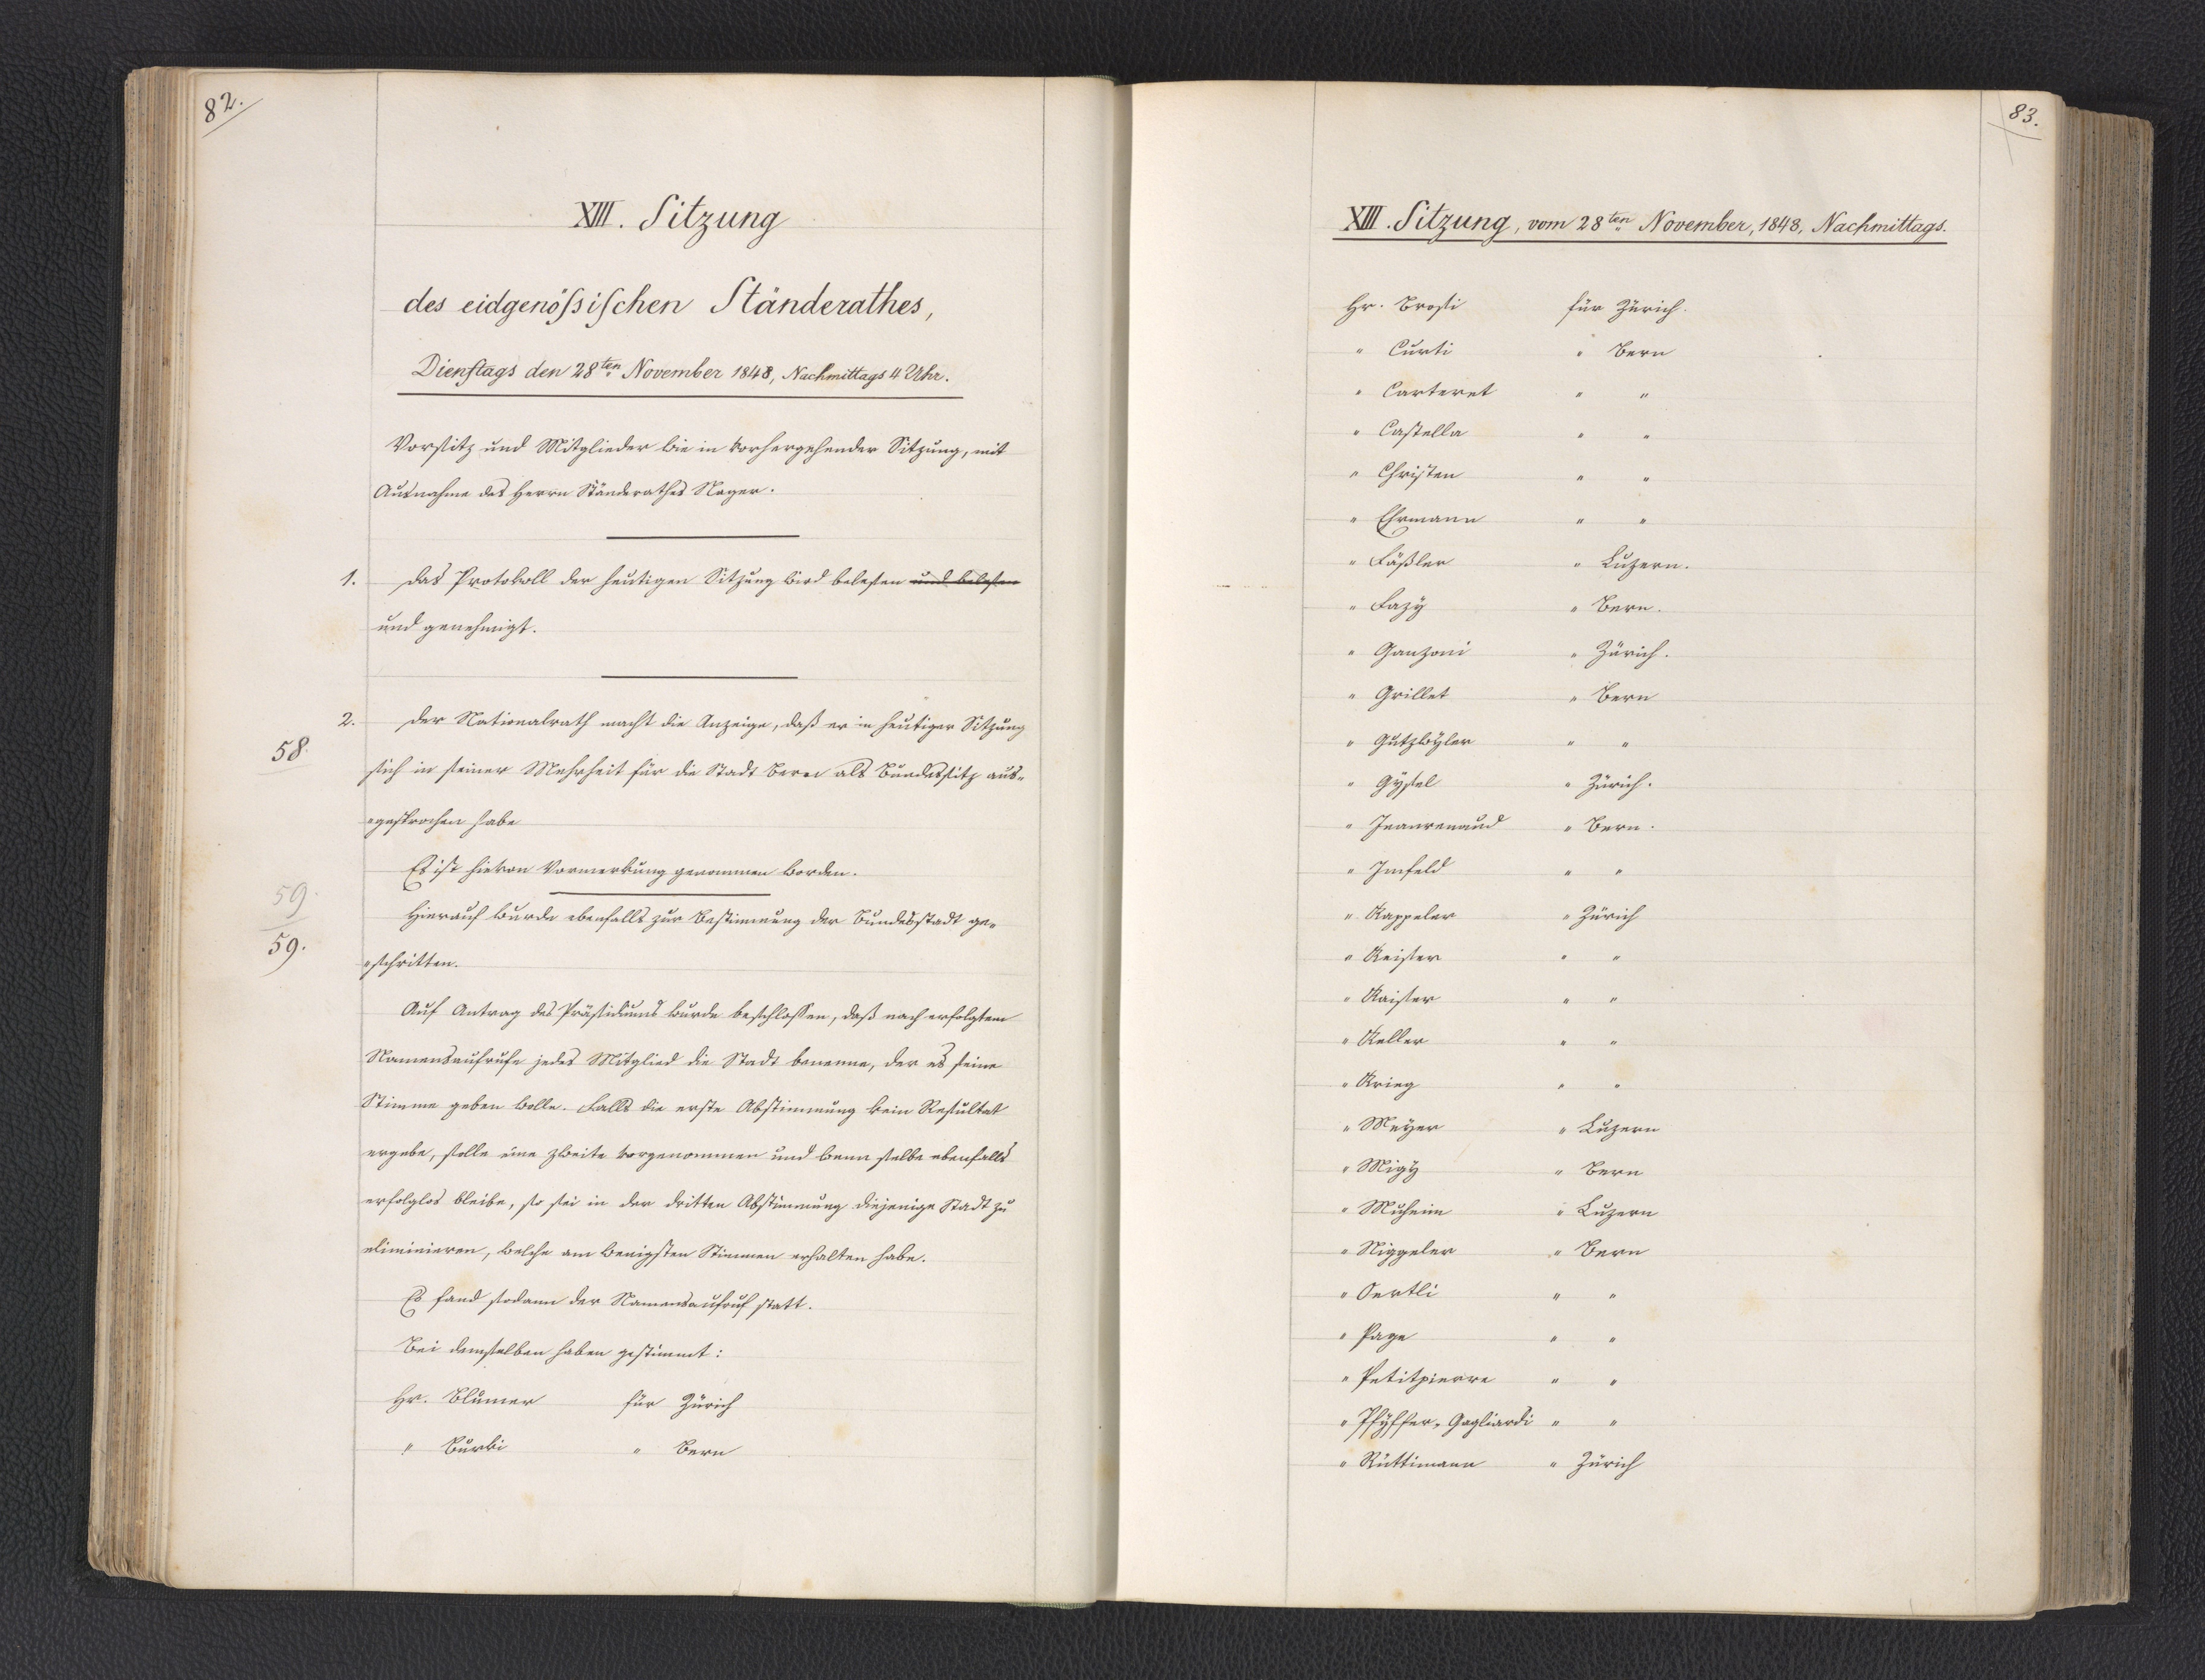
82.

XIII. Sitzung
des eidgenößischen Ständerathes,
Dienstags den 28ten November 1848, Nachmittags 4 Uhr.

Vorsitz und Mitglieder wie in vorhergehender Sitzung, mit
Ausnahme des Herrn Ständerathes Wagner.
1. Das Protokoll der heutigen Sitzung wird belesen und belesen
und genehmigt.
2. Der Nationalrath macht die Anzeige, daß er in heutiger Sitzung
sich in seine Mehrheit für die Stadt Bern als Bundessitz aus¬
gesprochen habe.
Es ist hievon Vormerkung genommen worden.
Hierauf wurde ebenfalls zur Bestimmung der Bundesstadt ge¬
schritten.
Auf Antrag des Präsidiums wurde beschlossen, daß nach erfolgtem
Namensaufrufe jedes Mitglied die Stadt benenne, der es seine
Stimme geben wolle. Falls die erste Abstimmung kein Resultat
ergebe, solle eine zweite vorgenommen und wenn selbe ebenfalls
erfolglos bleibe, so sei in der dritten Abstimmung diejenige Stadt zu
eliminieren, welche am wenigsten Stimmen erhalten habe.
Es fand sodann der Namensaufruf statt.
Bei demselben haben gestimmt:
Hr. Blumer für Zürich
Hr. Burki für Bern

58.
59.

83.

XIII. Sitzung, vom 28ten November 1848, Nachmittags.

Hr. Brosi für Zürich
Hr. Curti für Bern
Hr. Carteret für Bern
Hr. Castella für Bern
Hr. Christen für Bern
Hr. Ehrmann für Bern
Hr. Fäßler für Luzern
Hr. Fazy für Bern
Hr. Ganzoni für Zürich
Hr. Grillet für Bern
Hr. Gutzwyler für Bern
Hr. Gysel für Zürich
Hr. Jeanrenaud für Bern.
Hr. Imfeld für Bern
Hr. Kappeler für Zürich
Hr. Keiser für Zürich
Hr. Kaiser für Zürich
Hr. Keller für Zürich
Hr. Krieg für Zürich
Hr. Meyer für Luzern
Hr. Migy für Bern
Hr. Muheim für Luzern
Hr. Niggeler für Bern
Hr. Oertli für Bern
Hr. Page für Bern
Hr. Petitpierre für Bern
Hr. Pfyffer, Gagliardi für Bern
Hr. Rüttimann für Zürich